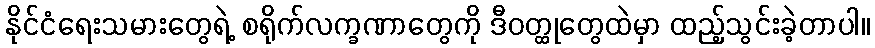
နိုင်ငံရေးသမားတွေရဲ့ စရိုက်လက္ခဏာတွေကို ဒီဝတ္ထုတွေထဲမှာ ထည့်သွင်းခဲ့တာပါ။